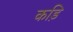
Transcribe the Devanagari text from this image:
कड़ि